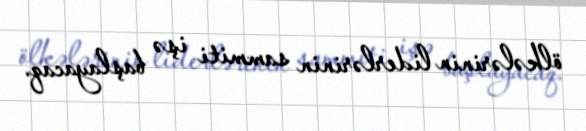
ölkələrinin liderlərinin sammiti işə başlayacaq.